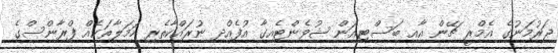
ޖަރުމަނުގެ އެމްރީ ޗޭން އާއި ބަސްޓިއަން ޝުވެންޓެއިގާ އުފެއްދި ނުރައްކާތެރި ހަމަލާތަކެއް ފްރާންސްގެ